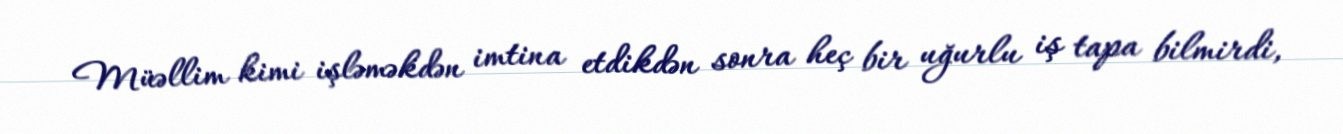
Müəllim kimi işləməkdən imtina etdikdən sonra heç bir uğurlu iş tapa bilmirdi,